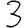
Digit: 3